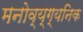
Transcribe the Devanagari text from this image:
मनोव्य्ग्यनिक